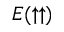
E ( \uparrow \uparrow )